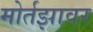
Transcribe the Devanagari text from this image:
मोर्तझावर